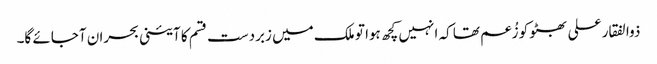
ذوالفقار علی بھٹو کو زُعم تھا کہ انہیں کچھ ہوا تو ملک میں زبردست قسم کا آئینی بحران آجائے گا۔